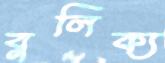
বুলিক্য